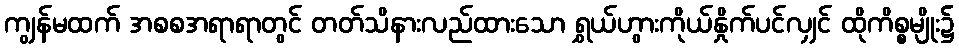
ကျွန်မထက် အစစအရာရာတွင် တတ်သိနားလည်ထားသော ရွှယ်ဟွားကိုယ်နှိုက်ပင်လျှင် ထိုကိစ္စမျိုး၌